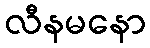
လီနမနော